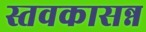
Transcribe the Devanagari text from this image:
स्तवकासन्न